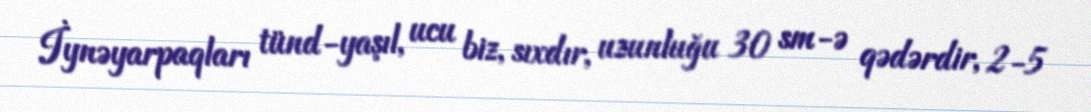
İynəyarpaqları tünd-yaşıl, ucu biz, sıxdır, uzunluğu 30 sm-ə qədərdir, 2-5